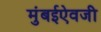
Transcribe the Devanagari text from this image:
मुंबईऐवजी